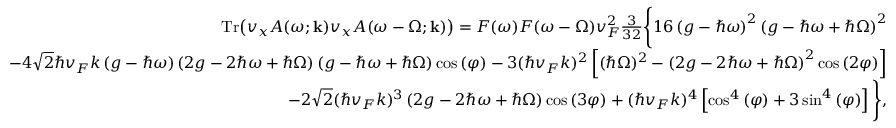
\begin{array} { r l r } & { } & { \mathrm { T r } { \left( v _ { x } A ( \omega ; \mathbf { k } ) v _ { x } A ( \omega - \Omega ; \mathbf { k } ) \right) } = F ( \omega ) F ( \omega - \Omega ) v _ { F } ^ { 2 } \frac { 3 } { 3 2 } \Bigg \{ 1 6 \left( g - \hbar \omega \right) ^ { 2 } \left( g - \hbar \omega + \hbar \Omega \right) ^ { 2 } } \\ & { } & { - 4 \sqrt { 2 } \hbar v _ { F } k \left( g - \hbar \omega \right) \left( 2 g - 2 \hbar \omega + \hbar \Omega \right) \left( g - \hbar \omega + \hbar \Omega \right) \cos { ( \varphi ) } - 3 ( \hbar v _ { F } k ) ^ { 2 } \left[ ( \hbar \Omega ) ^ { 2 } - \left( 2 g - 2 \hbar \omega + \hbar \Omega \right) ^ { 2 } \cos { ( 2 \varphi ) } \right] } \\ & { } & { - 2 \sqrt { 2 } ( \hbar v _ { F } k ) ^ { 3 } \left( 2 g - 2 \hbar \omega + \hbar \Omega \right) \cos { ( 3 \varphi ) } + ( \hbar v _ { F } k ) ^ { 4 } \left[ \cos ^ { 4 } { ( \varphi ) } + 3 \sin ^ { 4 } { ( \varphi ) } \right] \Bigg \} , } \end{array}